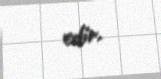
edir.